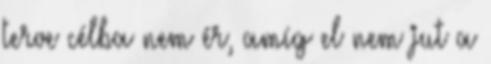
terve célba nem ér, amíg el nem jut a